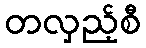
တလှည့်စီ